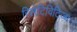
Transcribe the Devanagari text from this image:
रिलेटिविटिज्म